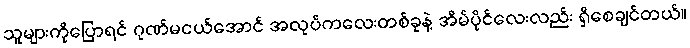
သူများကိုပြောရင် ဂုဏ်မငယ်အောင် အလုပ်ကလေးတစ်ခုနဲ့ အိမ်ပိုင်လေးလည်း ရှိစေချင်တယ်။